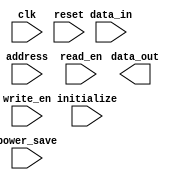
module DDR_SDRAM (
    input wire clk,
    input wire reset,
    input wire [7:0] data_in,
    output wire [7:0] data_out,
    input wire [9:0] address,
    input wire write_en,
    input wire read_en,
    input wire initialize,
    input wire power_save,
    // add more input/output ports as needed
);

/* Command decoding logic */
// Implement command decoding logic here

/* Data storage and retrieval logic */
// Implement data storage and retrieval logic here

/* Timing constraints */
// Implement timing constraints here to meet DDR SDRAM specifications

/* Error checking and correction mechanisms */
// Implement error checking and correction mechanisms here

/* Refresh mechanisms */
// Implement refresh mechanisms here to ensure data integrity

/* Power saving modes */
// Implement power saving modes here for energy efficiency

/* Testing and verification procedures */
// Implement testing and verification procedures here to ensure functionality and performance

endmodule